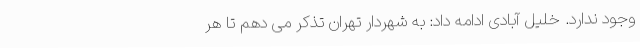
وجود ندارد. خلیل آبادی ادامه داد: به شهردار تهران تذکر می دهم تا هر